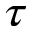
\tau